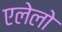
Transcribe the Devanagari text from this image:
एलेलो